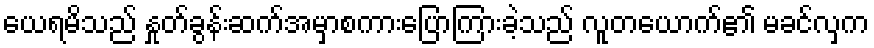
ယေရမိသည် နှုတ်ခွန်းဆက်အမှာစကားပြောကြားခဲ့သည် လူတယောက်၏ မခင်လှက